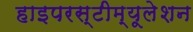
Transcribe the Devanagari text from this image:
हाइपरस्टीम्यूलेशन